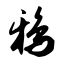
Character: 鸦